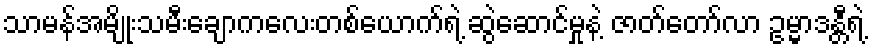
သာမန်အမျိုးသမီးချောကလေးတစ်ယောက်ရဲ့ ဆွဲဆောင်မှုနဲ့ ဇာတ်တော်လာ ဥမ္မာဒန္တီရဲ့